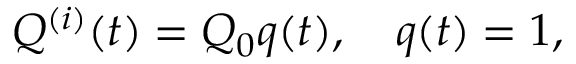
Q ^ { ( i ) } ( t ) = Q _ { 0 } q ( t ) , \quad q ( t ) = 1 ,